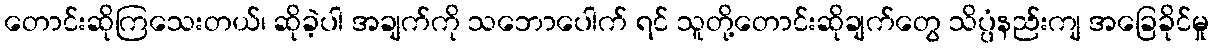
တောင်းဆိုကြသေးတယ်၊ ဆိုခဲ့ပါ အချက်ကို သဘောပေါက် ရင် သူတို့တောင်းဆိုချက်တွေ သိပ္ပံနည်းကျ အခြေခိုင်မှု